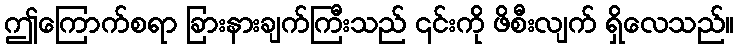
ဤကြောက်စရာ ခြားနားချက်ကြီးသည် ၎င်းကို ဖိစီးလျက် ရှိလေသည်။